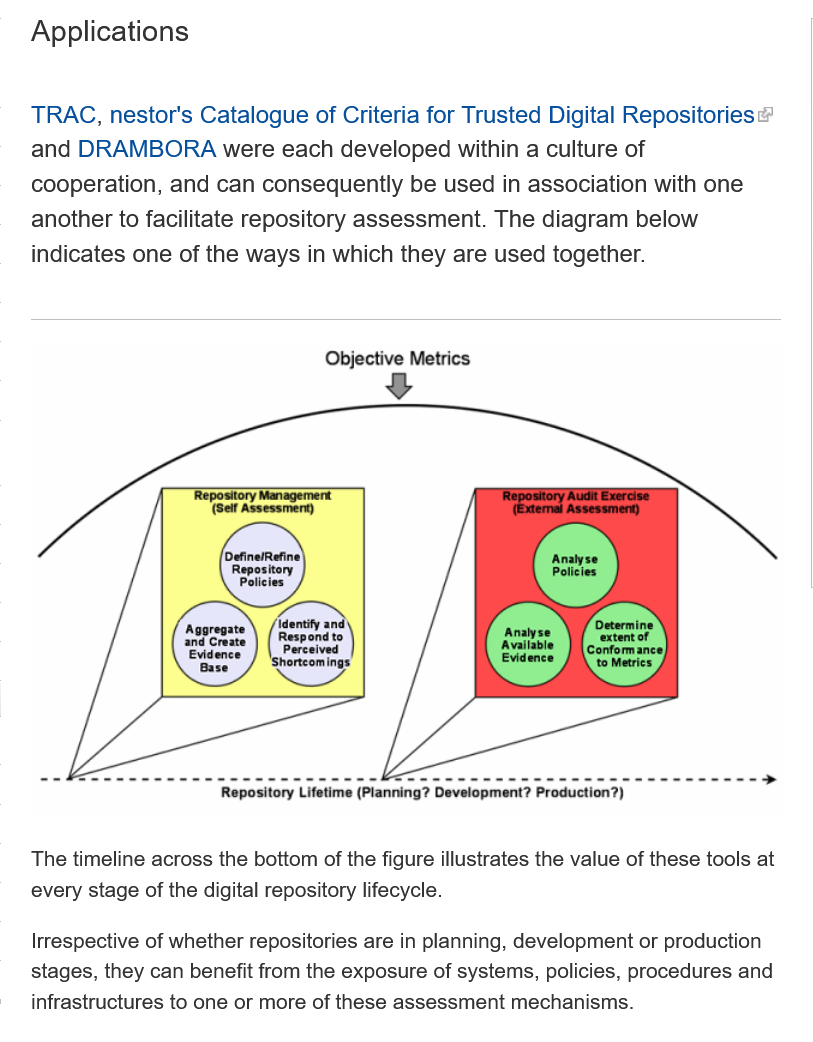
Irrespective of whether repositories are in planning, development or production
    stages, they can benefit from the exposure of systems, policies, procedures and
    infrastructures to one or more of these assessment mechanisms.
   TRAC,  nestor's Catalogue  of Criteria for Trusted Digital Repositories
    and DRAMBORA    were each  developed within a culture of
    cooperation, and can consequently  be used in association with one
    another to facilitate repository assessment. The diagram below
    indicates one of the ways in which they are used together.
   Applications
     Repository Lifetime (Planning? Development? Production?)
     Objective Metrics
     DefinelRefine
     Repository
     Policies /
     Analyse
     Policies
     Analy s
     Availab|
     Evidence
   The timeline across the bottom of the figure illustrates the value of these tools at
    every stage of the digital repository lifecycle.